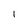
Character: I